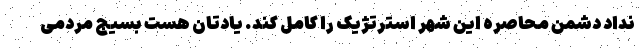
نداد دشمن محاصره این شهر استرتژیک را کامل کند. یادتان هست بسیج مردمی